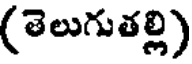
(తెలుగుతల్లి)